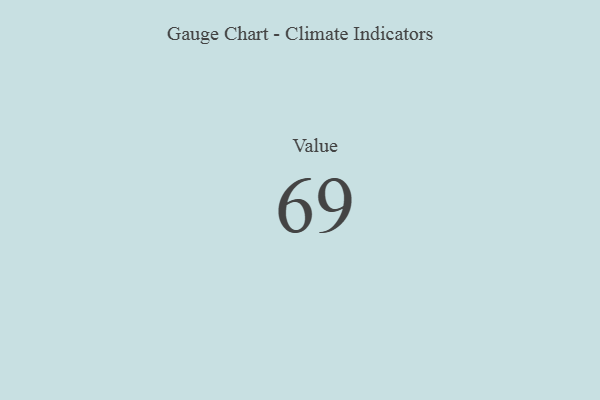
{"axis": {"x": "Metric", "y": "Value"}, "legend": [""], "data": [{"x": "Value", "y": 69, "type": ""}]}